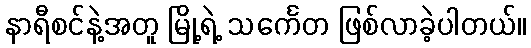
နာရီစင်နဲ့အတူ မြို့ရဲ့ သင်္ကေတ ဖြစ်လာခဲ့ပါတယ်။